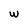
Character: w